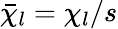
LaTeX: \bar{\chi}_{l}=\chi_{l}/s